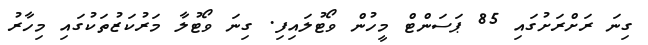
ގިނަ ރަށްރަށުގައި 85 ޕަސަންޓް މީހުން ވޯޓުލައިފި. ގިނަ ވޯޓުލާ މަރުކަޒުތަކުގައި މިހާރު